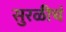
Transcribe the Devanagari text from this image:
सुरळीचं